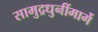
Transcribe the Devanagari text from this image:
सामुद्रधुनींमार्गे